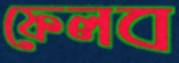
ফেলব